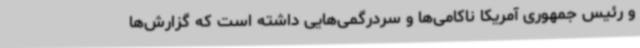
و رئیس جمهوری آمریکا ناکامی‌ها و سردرگمی‌هایی داشته است که گزارش‌ها